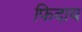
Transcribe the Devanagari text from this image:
फिदाय